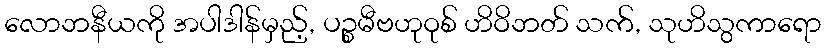
လောဘနီယကို အပါဒါန်မှည့်, ပဉ္စမီဗဟုဝုစ် ဟိဝိဘတ် သက်, သုဟိသွကာရော